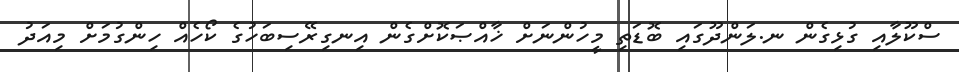
ސްކޫލާއި ގުޅިގެން ނ.ލަންދޫގައި ބޮޑަތި މީހުންނަށް ޚާއްޞަކޮށްގެން އިނގިރޭސިބަހުގެ ކޯހެއް ހިންގުމަށް މިއަދު